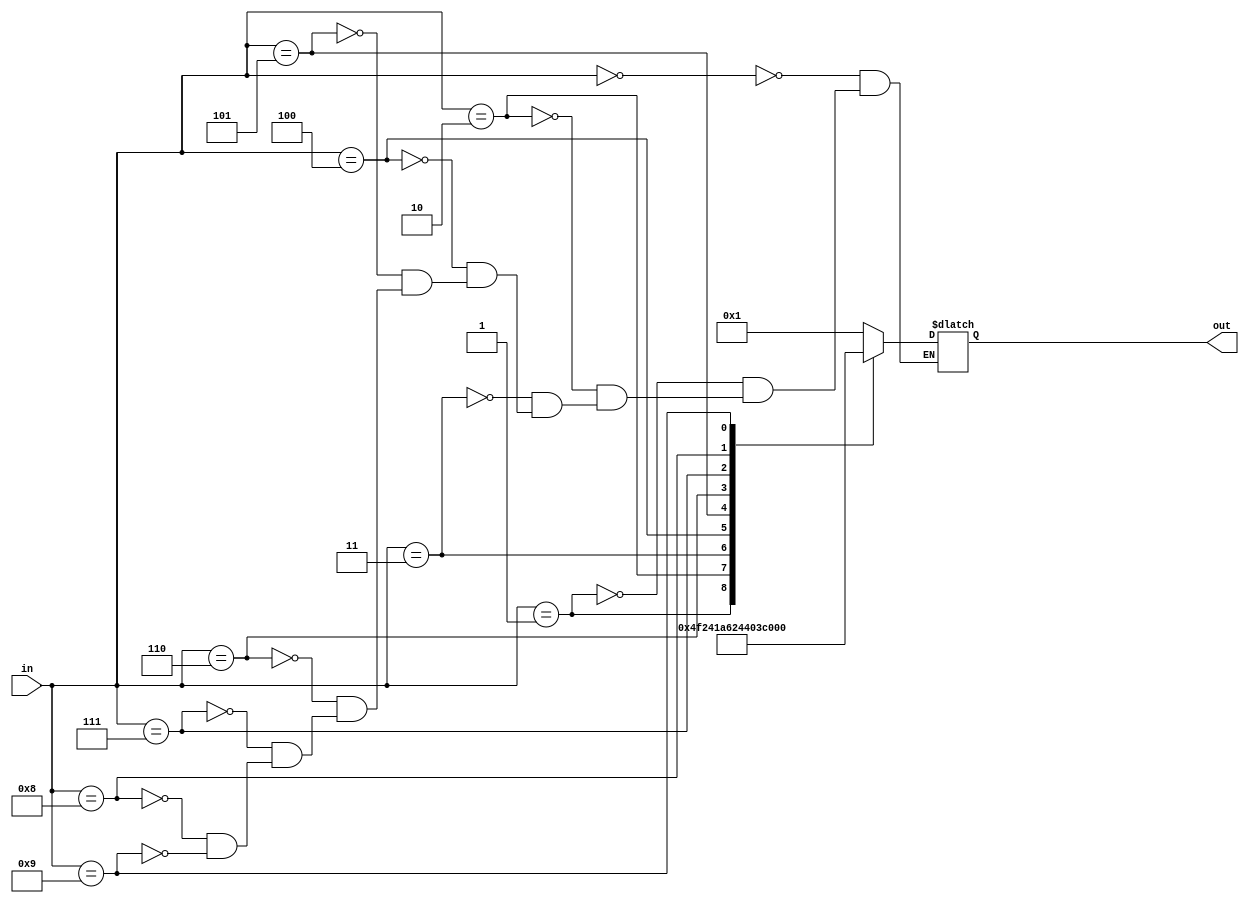
`timescale 1ns / 1ps
//////////////////////////////////////////////////////////////////////////////////
// Company: 
// Engineer: 
// 
// Design Name: 
// Module Name: seven_segment
// Project Name: 
// Target Devices: 
// Tool Versions: 
// Description: 
// 
// Dependencies: 
// 
// Revision:
// Revision 0.01 - File Created
// Additional Comments:
// 
//////////////////////////////////////////////////////////////////////////////////


module seven_segment(
input [3:0] in, output reg [6:0] out);

always @(*) begin
        case (in)
            4'b0000: out = 7'b0000001;
            4'b0001: out = 7'b1001111;
            4'b0010: out = 7'b0010010;
            4'b0011: out = 7'b0000110;
            4'b0100: out = 7'b1001100;
            4'b0101: out = 7'b0100100;
            4'b0110: out = 7'b0100000;
            4'b0111: out = 7'b0001111;
            4'b1000: out = 7'b0000000;
            4'b1001: out = 7'b0001100;
         endcase
       end       




endmodule